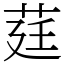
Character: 莛